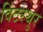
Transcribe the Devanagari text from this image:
विंटरथुर